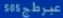
505عبر طاج